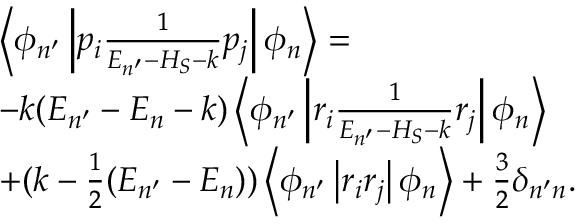
\begin{array} { r l } & { \left\langle \phi _ { n ^ { \prime } } \left| p _ { i } \frac { 1 } { E _ { n ^ { \prime } } - H _ { S } - k } p _ { j } \right| \phi _ { n } \right\rangle = } \\ & { - k ( E _ { n ^ { \prime } } - E _ { n } - k ) \left\langle \phi _ { n ^ { \prime } } \left| r _ { i } \frac { 1 } { E _ { n ^ { \prime } } - H _ { S } - k } r _ { j } \right| \phi _ { n } \right\rangle \qquad } \\ & { + ( k - \frac { 1 } { 2 } ( E _ { n ^ { \prime } } - E _ { n } ) ) \left\langle \phi _ { n ^ { \prime } } \left| r _ { i } r _ { j } \right| \phi _ { n } \right\rangle + \frac { 3 } { 2 } \delta _ { n ^ { \prime } n } . \qquad } \end{array}